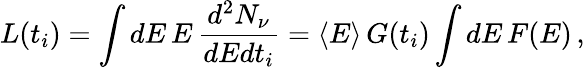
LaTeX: L(t_{i})=\int dE\, E\, \frac{d^{2}N_{\nu}}{dEdt_{i}}=\langle E\rangle\, G(t_{i})\int dE\, F(E)\, ,